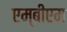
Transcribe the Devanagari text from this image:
एम्‌बीएम